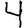
Digit: 4